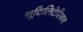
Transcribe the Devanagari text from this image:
यूटिलिटेरियन